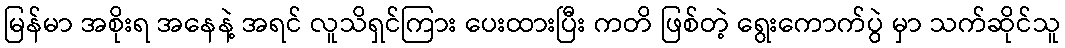
မြန်မာ အစိုးရ အနေနဲ့ အရင် လူသိရှင်ကြား ပေးထားပြီး ကတိ ဖြစ်တဲ့ ရွေးကောက်ပွဲ မှာ သက်ဆိုင်သူ